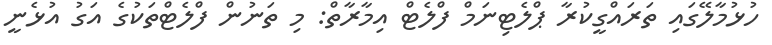
ހުޅުމާލޭގައި ތަރައްގީކުރާ ޕްލެޓިނަމް ފްލެޓް އިމާރާތް: މި ތަނުން ފްލެޓްތަކުގެ އަގު އުޅެނީ